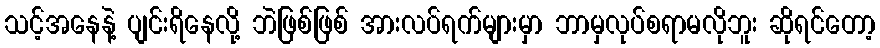
သင့်အနေနဲ့ ပျင်းရိနေလို့ ဘဲဖြစ်ဖြစ် အားလပ်ရက်များမှာ ဘာမှလုပ်စရာမလိုဘူး ဆိုရင်တော့